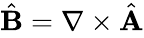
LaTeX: \begin{array}{r}{\hat{\mathbf B}=\nabla\times\hat{\mathbf A}}\end{array}